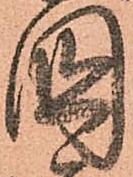
國